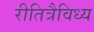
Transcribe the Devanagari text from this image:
रीतित्रैविध्य